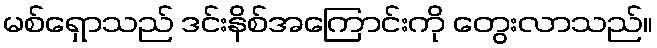
မစ်ရှောသည် ဒင်းနိစ်အကြောင်းကို တွေးလာသည်။